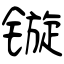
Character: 镟